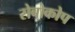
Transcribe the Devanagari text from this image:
रोबोकोप